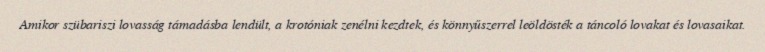
Amikor szübariszi lovasság támadásba lendült, a krotóniak zenélni kezdtek, és könnyűszerrel leöldösték a táncoló lovakat és lovasaikat.